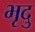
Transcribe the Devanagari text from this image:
भृदु